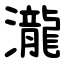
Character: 瀧